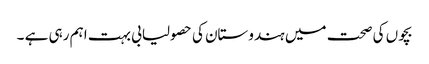
بچوں کی صحت میں ہندوستان کی حصولیابی بہت اہم رہی ہے ۔